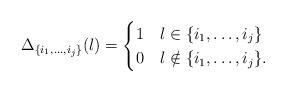
LaTeX: \begin{align*} \Delta_{\{i_1,\dots,i_j\}}(l)=\begin{cases}1&l\in \{i_1,\dots,i_j\}\\0&l\notin \{i_1,\dots,i_j\}.\end{cases}\end{align*}